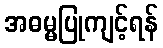
အဓမ္မပြုကျင့်ရန်